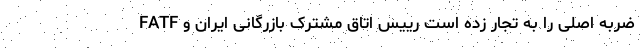
FATF ضربه اصلی را به تجار زده است رییس اتاق مشترک بازرگانی ایران و